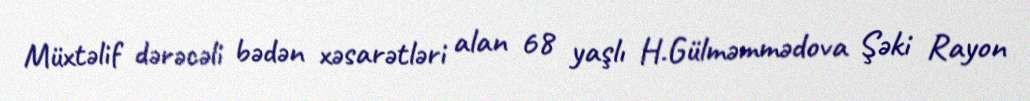
Müxtəlif dərəcəli bədən xəsarətləri alan 68 yaşlı H.Gülməmmədova Şəki Rayon